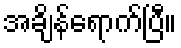
အချိန်ရောက်ပြီ။